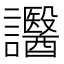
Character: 𧮒